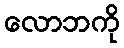
လောဘကို